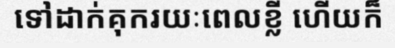
ទៅដាក់គុករយៈពេលខ្លី ហើយក៏